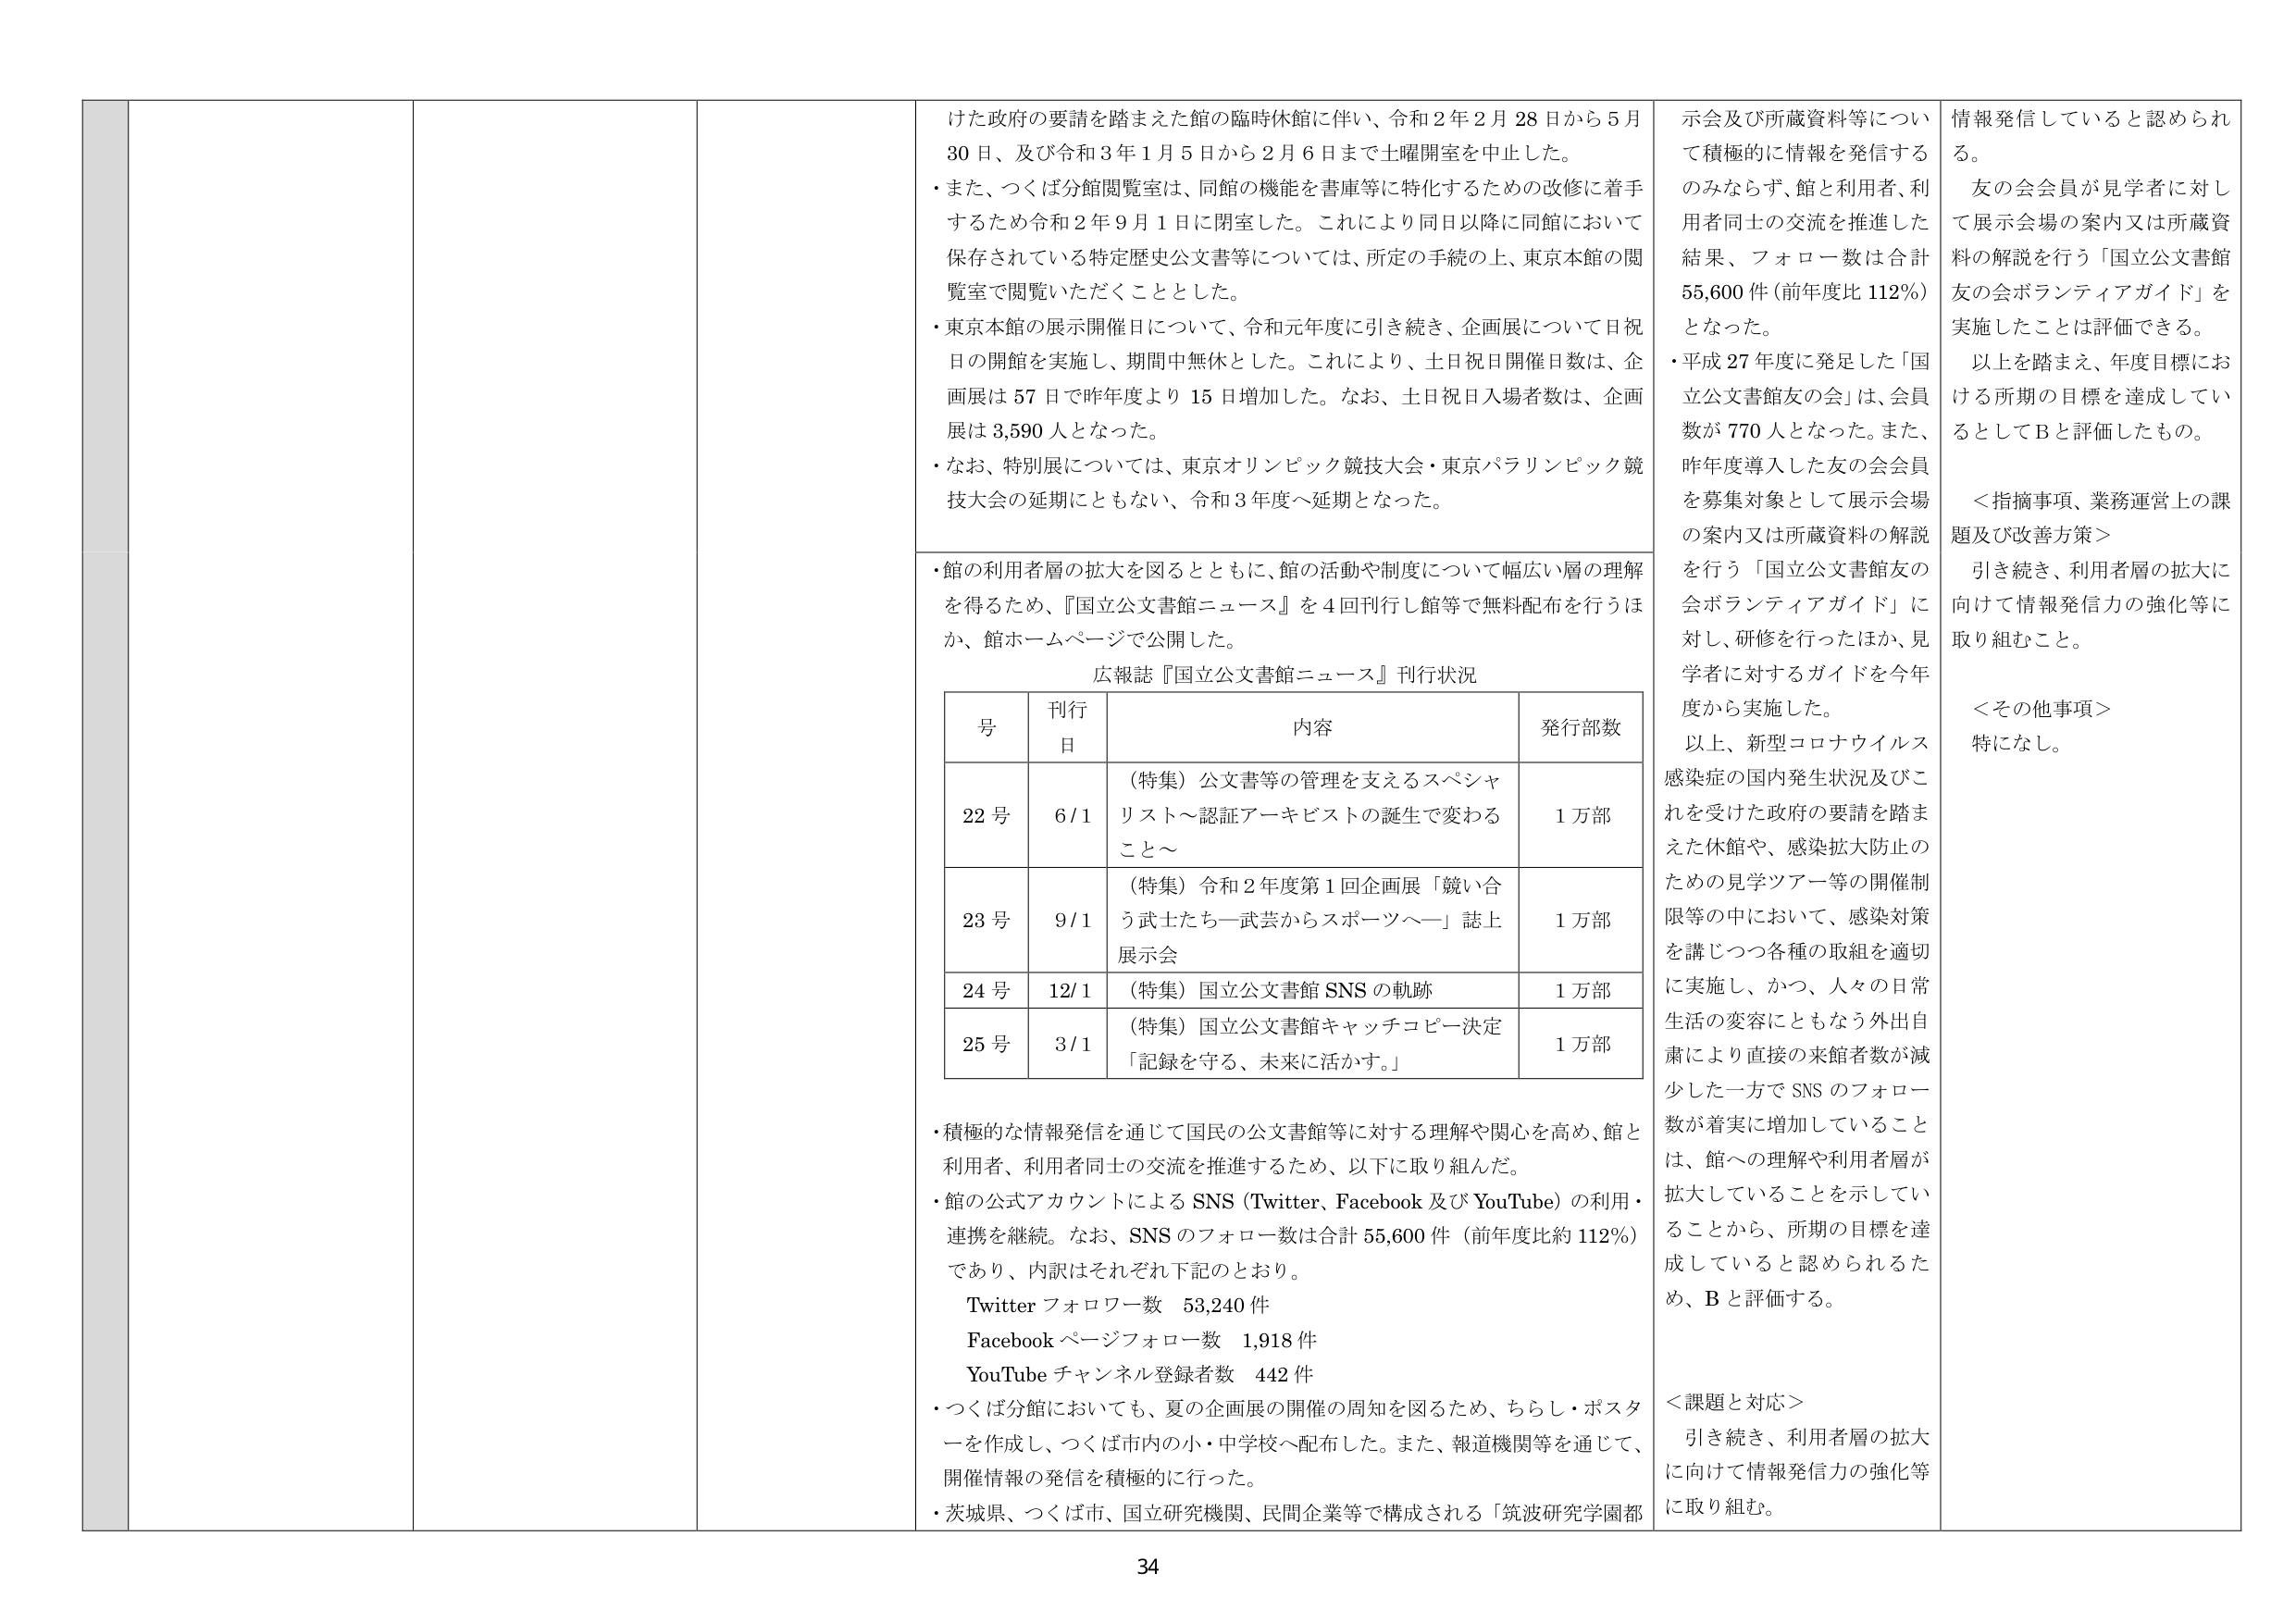
けた政府の要請を踏まえた館の臨時休館に伴い、令和２年２月28日から５月30日、及び令和３年１月５日から２月６日まで土曜開室を中止した。
・また、つくば分館閲覧室は、同館の機能を書庫等に特化するための改修に着手するため令和２年９月１日に閉室した。これにより同日以降に同館において保存されている特定歴史公文書等については、所定の手続の上、東京本館の閲覧室で閲覧いただくこととした。
・東京本館の展示開催日について、令和元年度に引き続き、企画展について日祝日の開館を実施し、期間中無休とした。これにより、土日祝日開催日数は、企画展は57日で昨年度より15日増加した。なお、土日祝日入場者数は、企画展は3,590人となった。
・なお、特別展については、東京オリンピック競技大会・東京パラリンピック競技大会の延期にともない、令和３年度へ延期となった。
・館の利用者層の拡大を図るとともに、館の活動や制度について幅広い層の理解を得るため、『国立公文書館ニュース』を４回刊行し館等で無料配布を行うほか、館ホームページで公開した。
広報誌『国立公文書館ニュース』刊行状況
号 刊行日 内容 発行部数
22号 6/1 （特集）公文書等の管理を支えるスペシャリスト～認証アーキビストの誕生で変わるこ～ 1万部
23号 9/1 （特集）令和２年度第１回企画展「競い合う武士たち―武芸からスポーツへ―」誌上展示会 1万部
24号 12/1 （特集）国立公文書館SNSの軌跡 1万部
25号 3/1 （特集）国立公文書館キャッチコピー決定「記録を守る、未来に活かす。」 1万部
・積極的な情報発信を通じて国民の公文書館等に対する理解や関心を高め、館と利用者、利用者同士の交流を推進するため、以下に取り組んだ。
・館の公式アカウントによるSNS（Twitter、Facebook及びYouTube）の利用・連携を継続。なお、SNSのフォロー数は合計55,600件（前年度比約112％）であり、内訳はそれぞれ下記のとおり。
Twitterフォロワー数 53,240件
Facebookページフォロー数 1,918件
YouTubeチャンネル登録者数 442件
・つくば分館においても、夏の企画展の開催の周知を図るため、ちらし・ポスターを作成し、つくば市内の小・中学校へ配布した。また、報道機関等を通じて、開催情報の発信を積極的に行った。
・茨城県、つくば市、国立研究機関、民間企業等で構成される「筑波研究学園都
示会及び所蔵資料等について積極的に情報を発信するのみならず、館と利用者、利用者同士の交流を推進した結果、フォロー数は合計55,600件（前年度比112％）となった。
・平成27年度に発足した「国立公文書館友の会」は、会員数が770人となった。また、昨年度導入した友の会会員を募集対象として展示会場の案内又は所蔵資料の解説を行う「国立公文書館友の会ボランティアガイド」に対し、研修を行ったほか、見学者に対するガイドを今年度から実施した。
以上、新型コロナウイルス感染症の国内発生状況及びこれを受けた政府の要請を踏まえた休館や、感染拡大防止のための見学ツアー等の開催制限等の中において、感染対策を講じつつ各種の取組を適切に実施し、かつ、人々の日常生活の変容にともなう外出自粛により直接の来館者数が減少した一方でSNSのフォロー数が着実に増加していることは、館への理解や利用者層が拡大していることを示していることから、所期の目標を達成していると認められるため、Bと評価する。
＜課題と対応＞
引き続き、利用者層の拡大に向けて情報発信力の強化等に取り組む。
情報発信していると認められる。
友の会会員が見学者に対して展示会場の案内又は所蔵資料の解説を行う「国立公文書館友の会ボランティアガイド」を実施したことは評価できる。
以上を踏まえ、年度目標における所期の目標を達成しているとしてBと評価したもの。
＜指摘事項、業務運営上の課題及び改善方策＞
引き続き、利用者層の拡大に向けて情報発信力の強化等に取り組むこと。
＜その他事項＞
特になし。
34